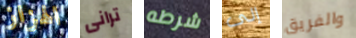
الهزاز ترانى شرطه إلى والفريق